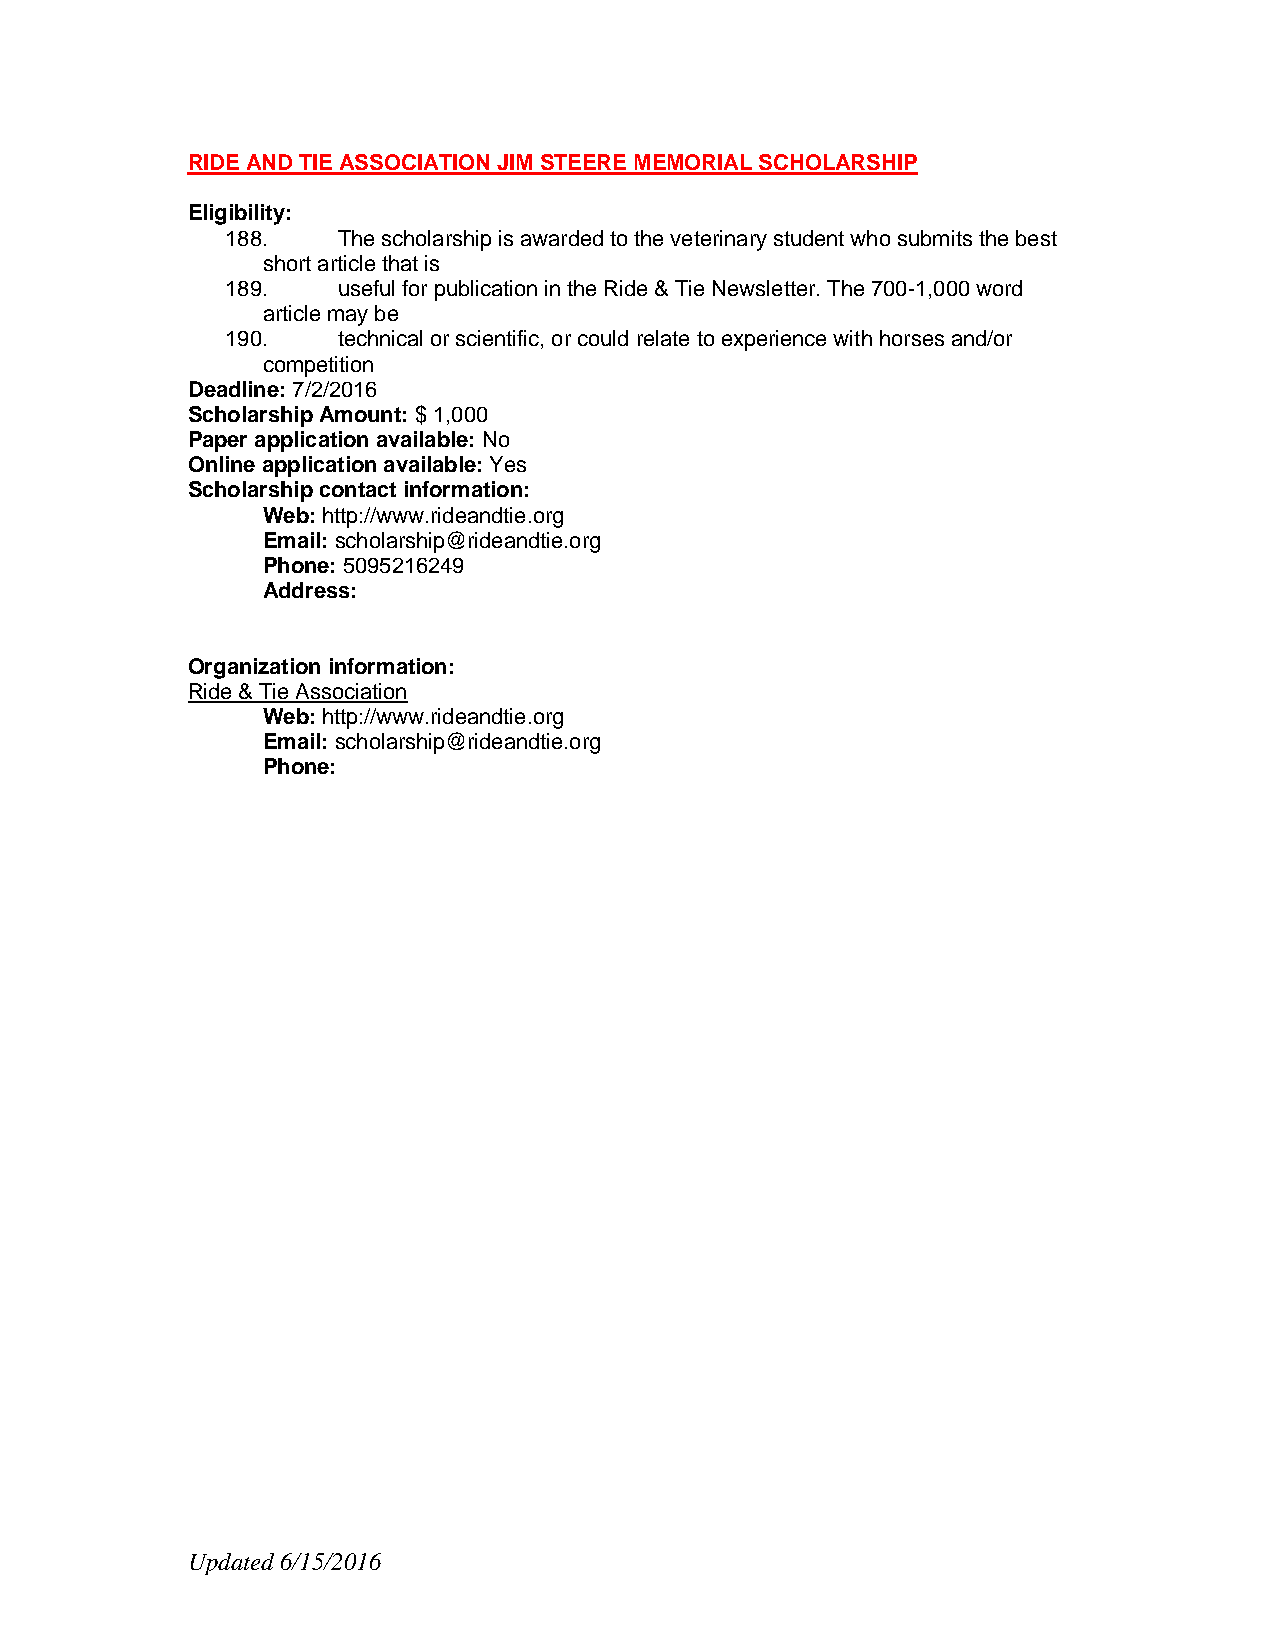
RIDE AND TIE ASSOCIATION JIM STEERE MEMORIAL SCHOLARSHIP
 Eligibility:
 188.   The scholarship is awarded to the veterinary student who submits the best
 short article that is
 189.   useful for publication in the Ride & Tie Newsletter. The 700-1,000 word
 article may be
 190.   technical or scientific, or could relate to experience with horses and/or
 competition
 Deadline: 7/2/2016
 Scholarship Amount: $ 1,000
 Paper application available: No
 Online application available: Yes
 Scholarship contact information:
 Web: http://www.rideandtie.org
 Email: scholarship@rideandtie.org
 Phone: 5095216249
 Address:
 Organization information:
 Ride & Tie Association
 Web: http://www.rideandtie.org
 Email: scholarship@rideandtie.org
 Phone:
 Updated 6/15/2016